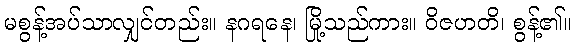
မစွန့်အပ်သာလျှင်တည်း။ နဂရနေ၊ မြို့သည်ကား။ ဝိဇဟတိ၊ စွန့်၏။